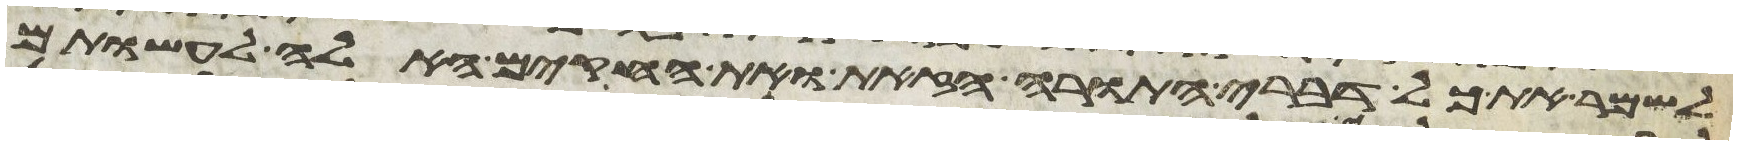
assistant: לשמר את כל דברי התורה הזאת ואת החקים האלה לעשותם